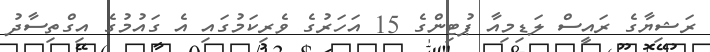
ރަޝިޔާގެ ރައީސް ލަޑިމިއާ ޕުޓިންގެ 15 އަހަރުގެ ވެރިކަމުގައި އެ ގައުމުގެ އިގްތިސާދު